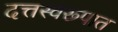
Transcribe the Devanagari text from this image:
दत्तस्वरूपात